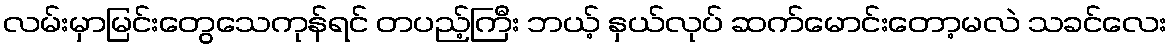
လမ်းမှာမြင်းတွေသေကုန်ရင် တပည့်ကြီး ဘယ့် နှယ်လုပ် ဆက်မောင်းတော့မလဲ သခင်လေး